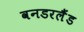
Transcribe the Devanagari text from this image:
वनडरलैंड